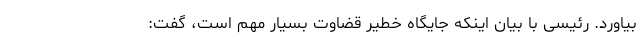
بیاورد. رئیسی با بیان اینکه جایگاه خطیر قضاوت بسیار مهم است، گفت: